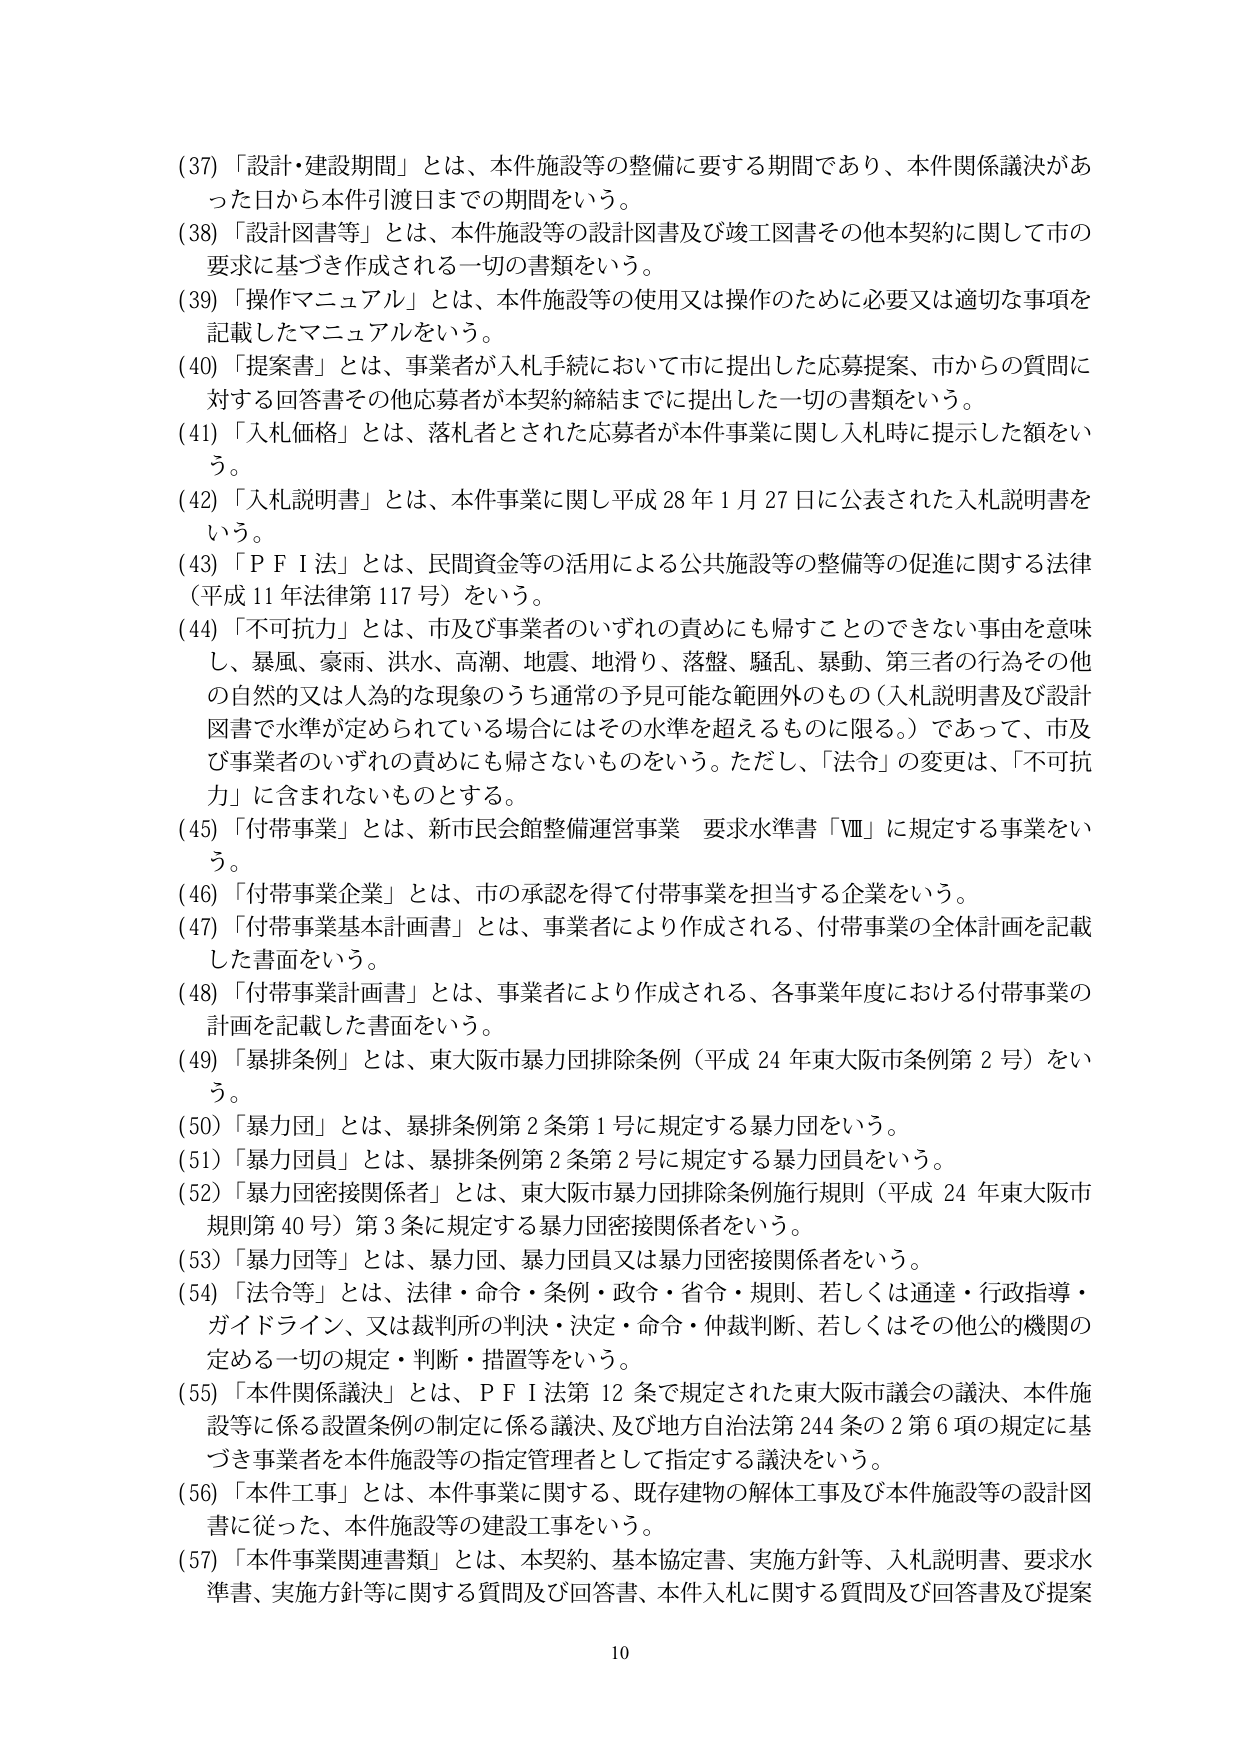
(37)「設計・建設期間」とは、本件施設等の整備に要する期間であり、本件関係議決があった日から本件引渡日までの期間をいう。
(38)「設計図書等」とは、本件施設等の設計図書及び竣工図書その他本契約に関して市の要求に基づき作成される一切の書類をいう。
(39)「操作マニュアル」とは、本件施設等の使用又は操作のために必要又は適切な事項を記載したマニュアルをいう。
(40)「提案書」とは、事業者が入札手続において市に提出した応募提案、市からの質問に対する回答書その他応募者が本契約締結までに提出した一切の書類をいう。
(41)「入札価格」とは、落札者とされた応募者が本件事業に関し入札時に提示した額をいう。
(42)「入札説明書」とは、本件事業に関し平成28年1月27日に公表された入札説明書をいう。
(43)「ＰＦＩ法」とは、民間資金等の活用による公共施設等の整備等の促進に関する法律（平成11年法律第117号）をいう。
(44)「不可抗力」とは、市及び事業者のいずれの責めにも帰すことのできない事由を意味し、暴風、豪雨、洪水、高潮、地震、地滑り、落盤、騒乱、暴動、第三者の行為その他 の自然的又は人為的な現象のうち通常の予見可能な範囲外のもの（入札説明書及び設計図書で水準が定められている場合にはその水準を超えるものに限る。）であって、市及び事業者のいずれの責めにも帰さないものをいう。ただし、「法令」の変更は、「不可抗力」に含まれないものとする。
(45)「付帯事業」とは、新市民会館整備運営事業 要求水準書「Ⅷ」に規定する事業をいう。
(46)「付帯事業企業」とは、市の承認を得て付帯事業を担当する企業をいう。
(47)「付帯事業基本計画書」とは、事業者により作成される、付帯事業の全体計画を記載した書面をいう。
(48)「付帯事業計画書」とは、事業者により作成される、各事業年度における付帯事業の計画を記載した書面をいう。
(49)「暴排条例」とは、東大阪市暴力団排除条例（平成24年東大阪市条例第2号）をいう。
(50)「暴力団」とは、暴排条例第2条第1号に規定する暴力団をいう。
(51)「暴力団員」とは、暴排条例第2条第2号に規定する暴力団員をいう。
(52)「暴力団密接関係者」とは、東大阪市暴力団排除条例施行規則（平成24年東大阪市規則第40号）第3条に規定する暴力団密接関係者をいう。
(53)「暴力団等」とは、暴力団、暴力団員又は暴力団密接関係者をいう。
(54)「法令等」とは、法律・命令・条例・政令・省令・規則、若しくは通達・行政指導・ガイドライン、又は裁判所の判決・決定・命令・仲裁判断、若しくはその他公的機関の定める一切の規定・判断・措置等をいう。
(55)「本件関係議決」とは、ＰＦＩ法第12条で規定された東大阪市議会の議決、本件施設等に係る設置条例の制定に係る議決、及び地方自治法第244条の2第6項の規定に基づき事業者を本件施設等の指定管理者として指定する議決をいう。
(56)「本件工事」とは、本件事業に関する、既存建物の解体工事及び本件施設等の設計図書に従った、本件施設等の建設工事をいう。
(57)「本件事業関連書類」とは、本契約、基本協定書、実施方針等、入札説明書、要求水準書、実施方針等に関する質問及び回答書、本件入札に関する質問及び回答書及び提案

10